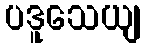
ပဒူသေယျ